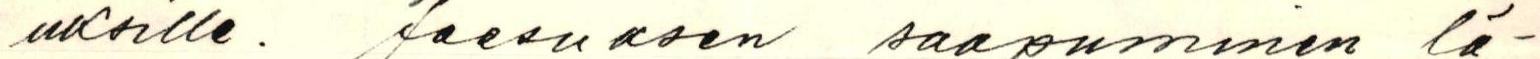
uksille. Jeesuksen saapuminen lä-